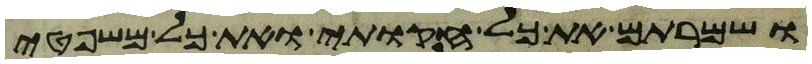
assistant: ושמרתם את כל חקותי ואת כל משפטי